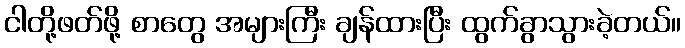
ငါတို့ဖတ်ဖို့ စာတွေ အများကြီး ချန်ထားပြီး ထွက်ခွာသွားခဲ့တယ်။